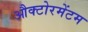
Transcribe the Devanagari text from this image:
औक्टोरमेंटम